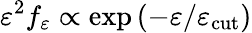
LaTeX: \varepsilon^{2}f_{\varepsilon}\propto\exp{(-\varepsilon/\varepsilon_{\mathrm{cut}})}